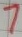
Text: 7